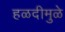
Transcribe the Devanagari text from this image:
हळदीमुळे